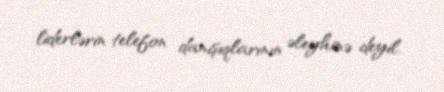
liderlərin telefon danışıqlarının əleyhinə deyil.